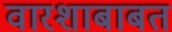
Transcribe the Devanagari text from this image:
वारशाबाबत